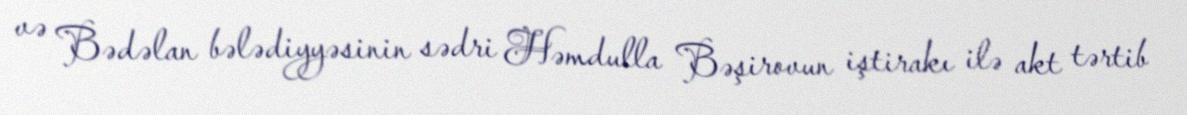
və Bədəlan bələdiyyəsinin sədri Həmdulla Bəşirovun iştirakı ilə akt tərtib